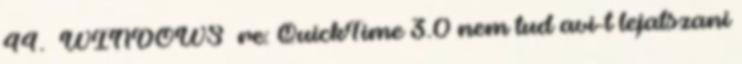
44. WINDOWS re: QuickTime 3.0 nem tud avi-t lejatszani